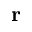
\mathbf { r }